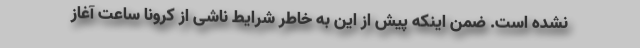
نشده است. ضمن اینکه پیش از این به خاطر شرایط ناشی از کرونا ساعت آغاز